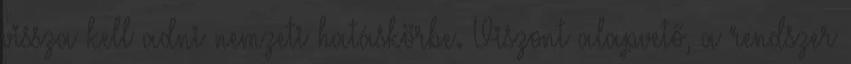
vissza kell adni nemzeti hatáskörbe. Viszont alapvető, a rendszer